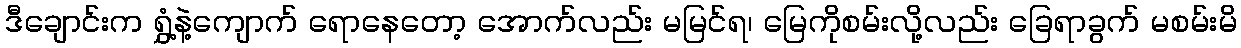
ဒီချောင်းက ရွှံ့နဲ့ကျောက် ရောနေတော့ အောက်လည်း မမြင်ရ၊ မြေကိုစမ်းလို့လည်း ခြေရာခွက် မစမ်းမိ